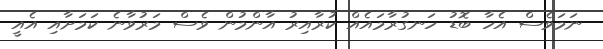
ނަމަވެސް އެހާ ބޮޑު ހަނގުރާމައެއް ކުރާއިރު އާންމުން ވެސް މަރުވާނެ ކަމަށާއި އެއީ